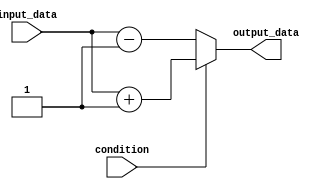
module if_else_statement (
    input wire condition,
    input wire input_data,
    output reg output_data
);

always @(*)
begin
    if (condition) begin
        // If condition is true, execute this block
        output_data = input_data + 1;
    end
    else begin
        // If condition is false, execute this block
        output_data = input_data - 1;
    end
end

endmodule